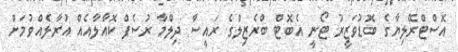
އޮސްޓްރޭލިޔާގެ ބޮޑުވަޒީރު ޓޯނީ އެބޮޓް ބްރެޒިލްގެ ރައީސާ ދިލްމާ ރުސެފް ކޮއާލާއެއް އުރާލެއްވުމަށް